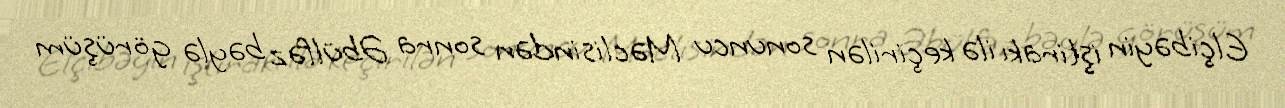
Elçibəyin iştirakı ilə keçirilən sonuncu Məclisindən sonra Əbülfəz bəylə görüşüm